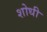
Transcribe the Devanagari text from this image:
शोधी